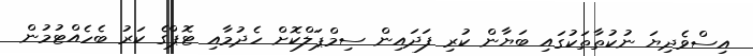
އިސްވެދިޔަ ނުކުތާތަކުގައި ބަޔާން ކުރި ފަދައިން ސިމްޕަލްކޮށް ހެދުމާއި ޓޮޕްގެ ކަރު ބެހެއްޓުމުން